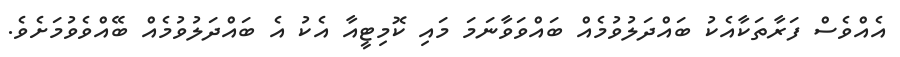
އެއްވެސް ފަރާތަކާއެކު ބައްދަލުވުމެއް ބައްވަވާނަމަ މައި ކޮމިޓީއާ އެކު އެ ބައްދަލުވުމެއް ބޭއްވެވުމަށެވެ.